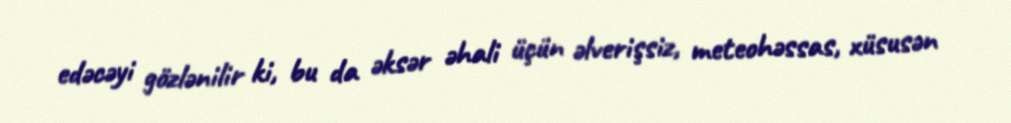
edəcəyi gözlənilir ki, bu da əksər əhali üçün əlverişsiz, meteohəssas, xüsusən